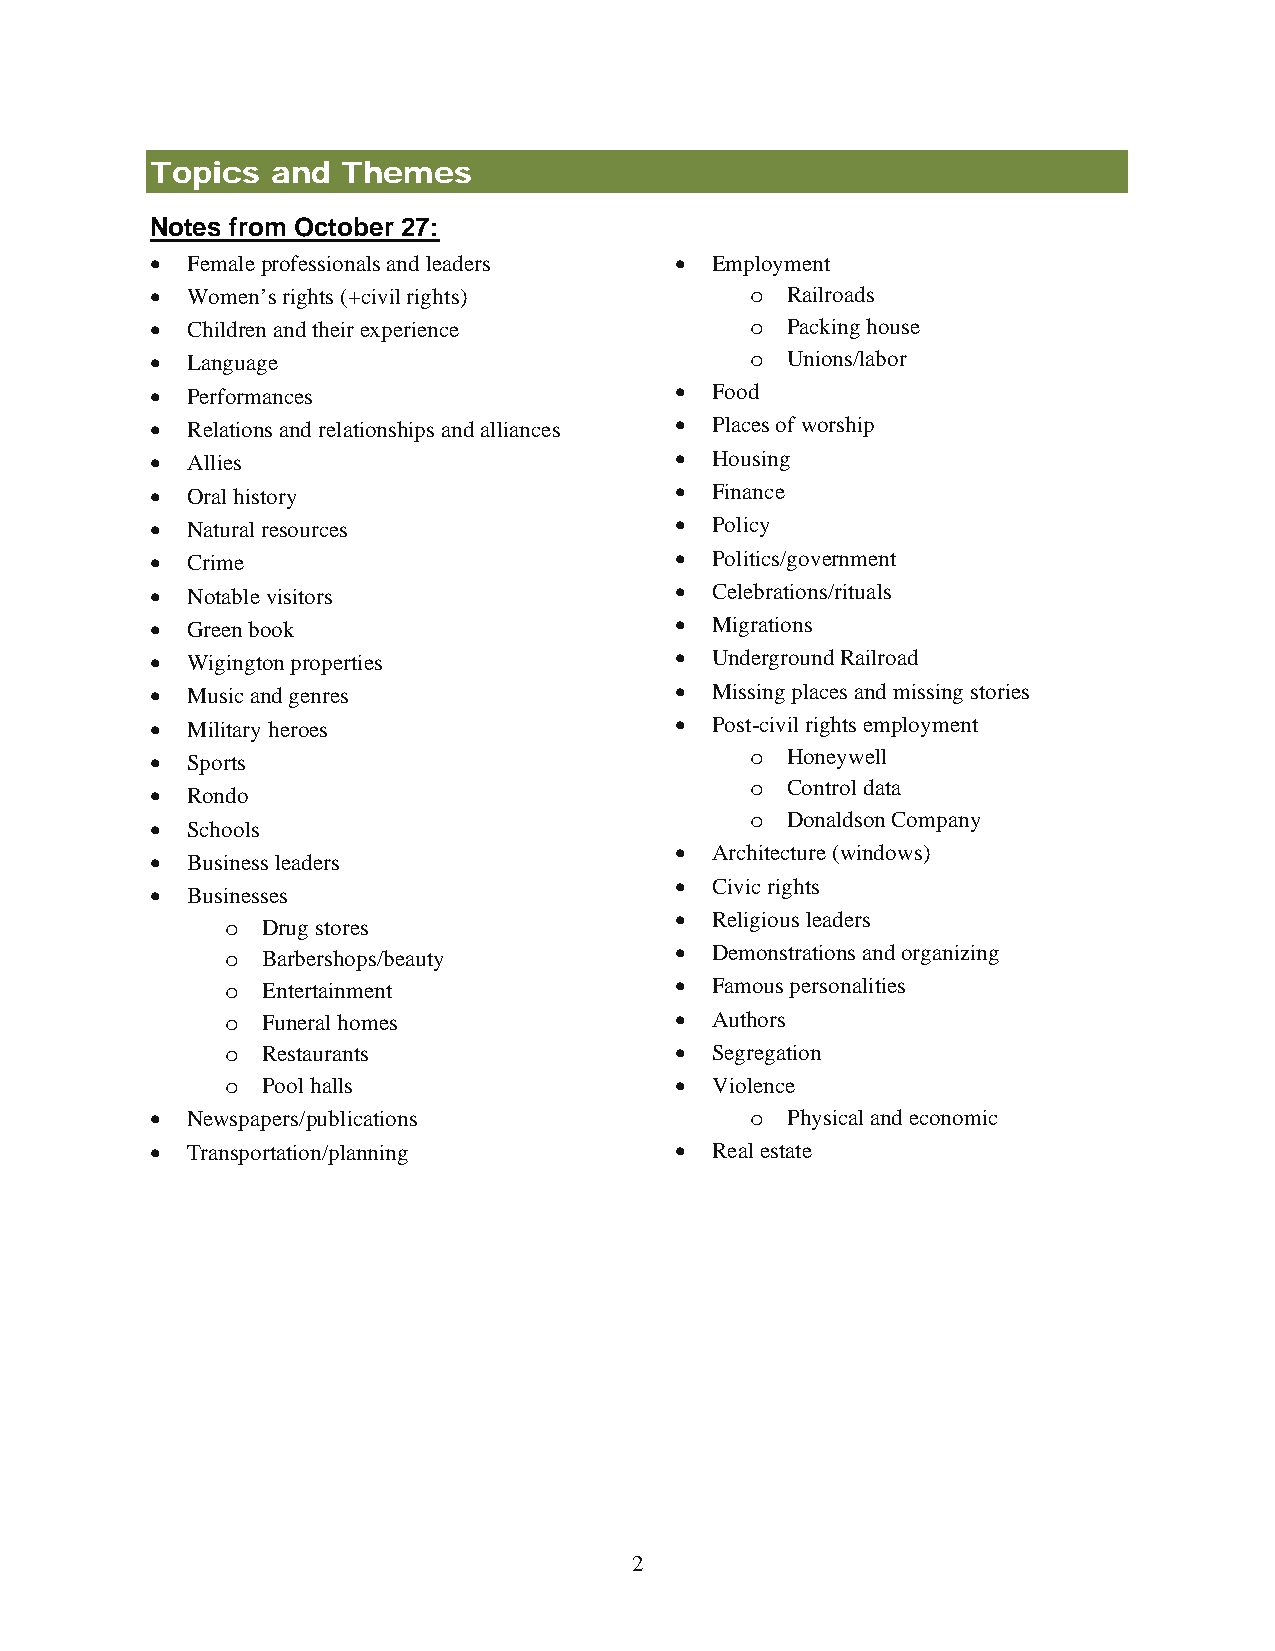
Topics  and  Themes
 Notes from October 27:
 • Female professionals and leaders • Employment
 • Women’s rights (+civil rights)          Railroads
 o
 • Children and their experience         o Packing house
 • Language                              o Unions/labor
 • Performances                     • Food
 • Relations and relationships and alliances • Places of worship
 • Allies                           • Housing
 • Oral history                     • Finance
 • Natural resources                • Policy
 • Crime                            • Politics/government
 • Notable visitors                 • Celebrations/rituals
 • Green book                       • Migrations
 • Wigington properties             • Underground Railroad
 • Music and genres                 • Missing places and missing stories
 • Military heroes                  • Post-civil rights employment
 • Sports                                o Honeywell
 • Rondo                                 o Control data
 Donaldson Company
 • Schools                               o
 • Architecture (windows)
 • Business leaders
 • Civic rights
 • Businesses
 • Religious leaders
 Drug stores
 o
 Barbershops/beauty
 • Demonstrations and organizing
 o
 Entertainment               • Famous personalities
 o
 Funeral homes               • Authors
 o
 Restaurants                 • Segregation
 o
 Pool halls                  • Violence
 o
 • Newspapers/publications                 Physical and economic
 o
 • Transportation/planning          • Real estate
 2